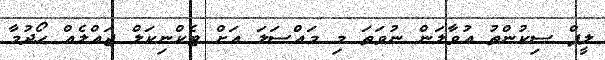
ލީޕް ސިކުންތު އުވާލަން ނުވަތަ މި މައްސަލަ އަށް ޓެކްނިކަލް ޖައްލެއް ހޯދުމާ